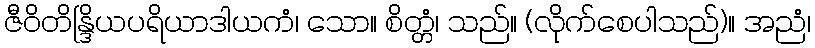
ဇီဝိတိန္ဒြိယပရိယာဒါယကံ၊ သော။ စိတ္တံ၊ သည်။ (လိုက်စေပါသည်)။ အညံ၊